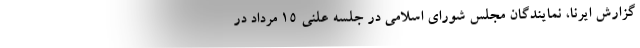
گزارش ایرنا، نمایندگان مجلس شورای اسلامی در جلسه علنی ۱۵ مرداد در